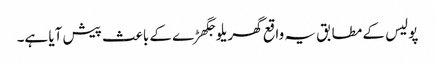
پولیس کے مطابق یہ واقع گھریلو جگھڑے کے باعث پیش آیا ہے۔